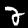
Digit: 2